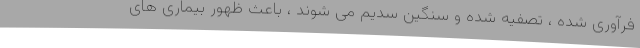
فرآوری شده ، تصفیه شده و سنگین سدیم می شوند ، باعث ظهور بیماری های